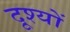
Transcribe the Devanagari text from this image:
दृ्श्यों